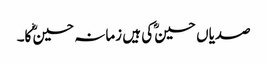
صدیاں حسینؓ کی ہیں زمانہ حسینؓ کا۔